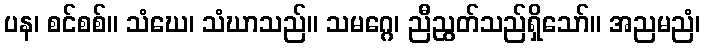
ပန၊ စင်စစ်။ သံဃေ၊ သံဃာသည်။ သမဂ္ဂေ၊ ညီညွတ်သည်ရှိသော်။ အညမညံ၊